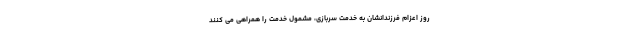
روز اعزام فرزندانشان به خدمت سربازی، مشمول خدمت را همراهی می کنند